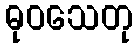
ဓုဝသေတု